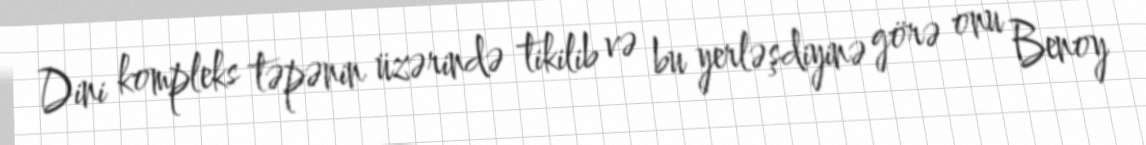
Dini kompleks təpənin üzərində tikilib və bu yerləşdiyinə görə onu Benoy